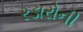
રડારોની